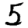
Digit: 5